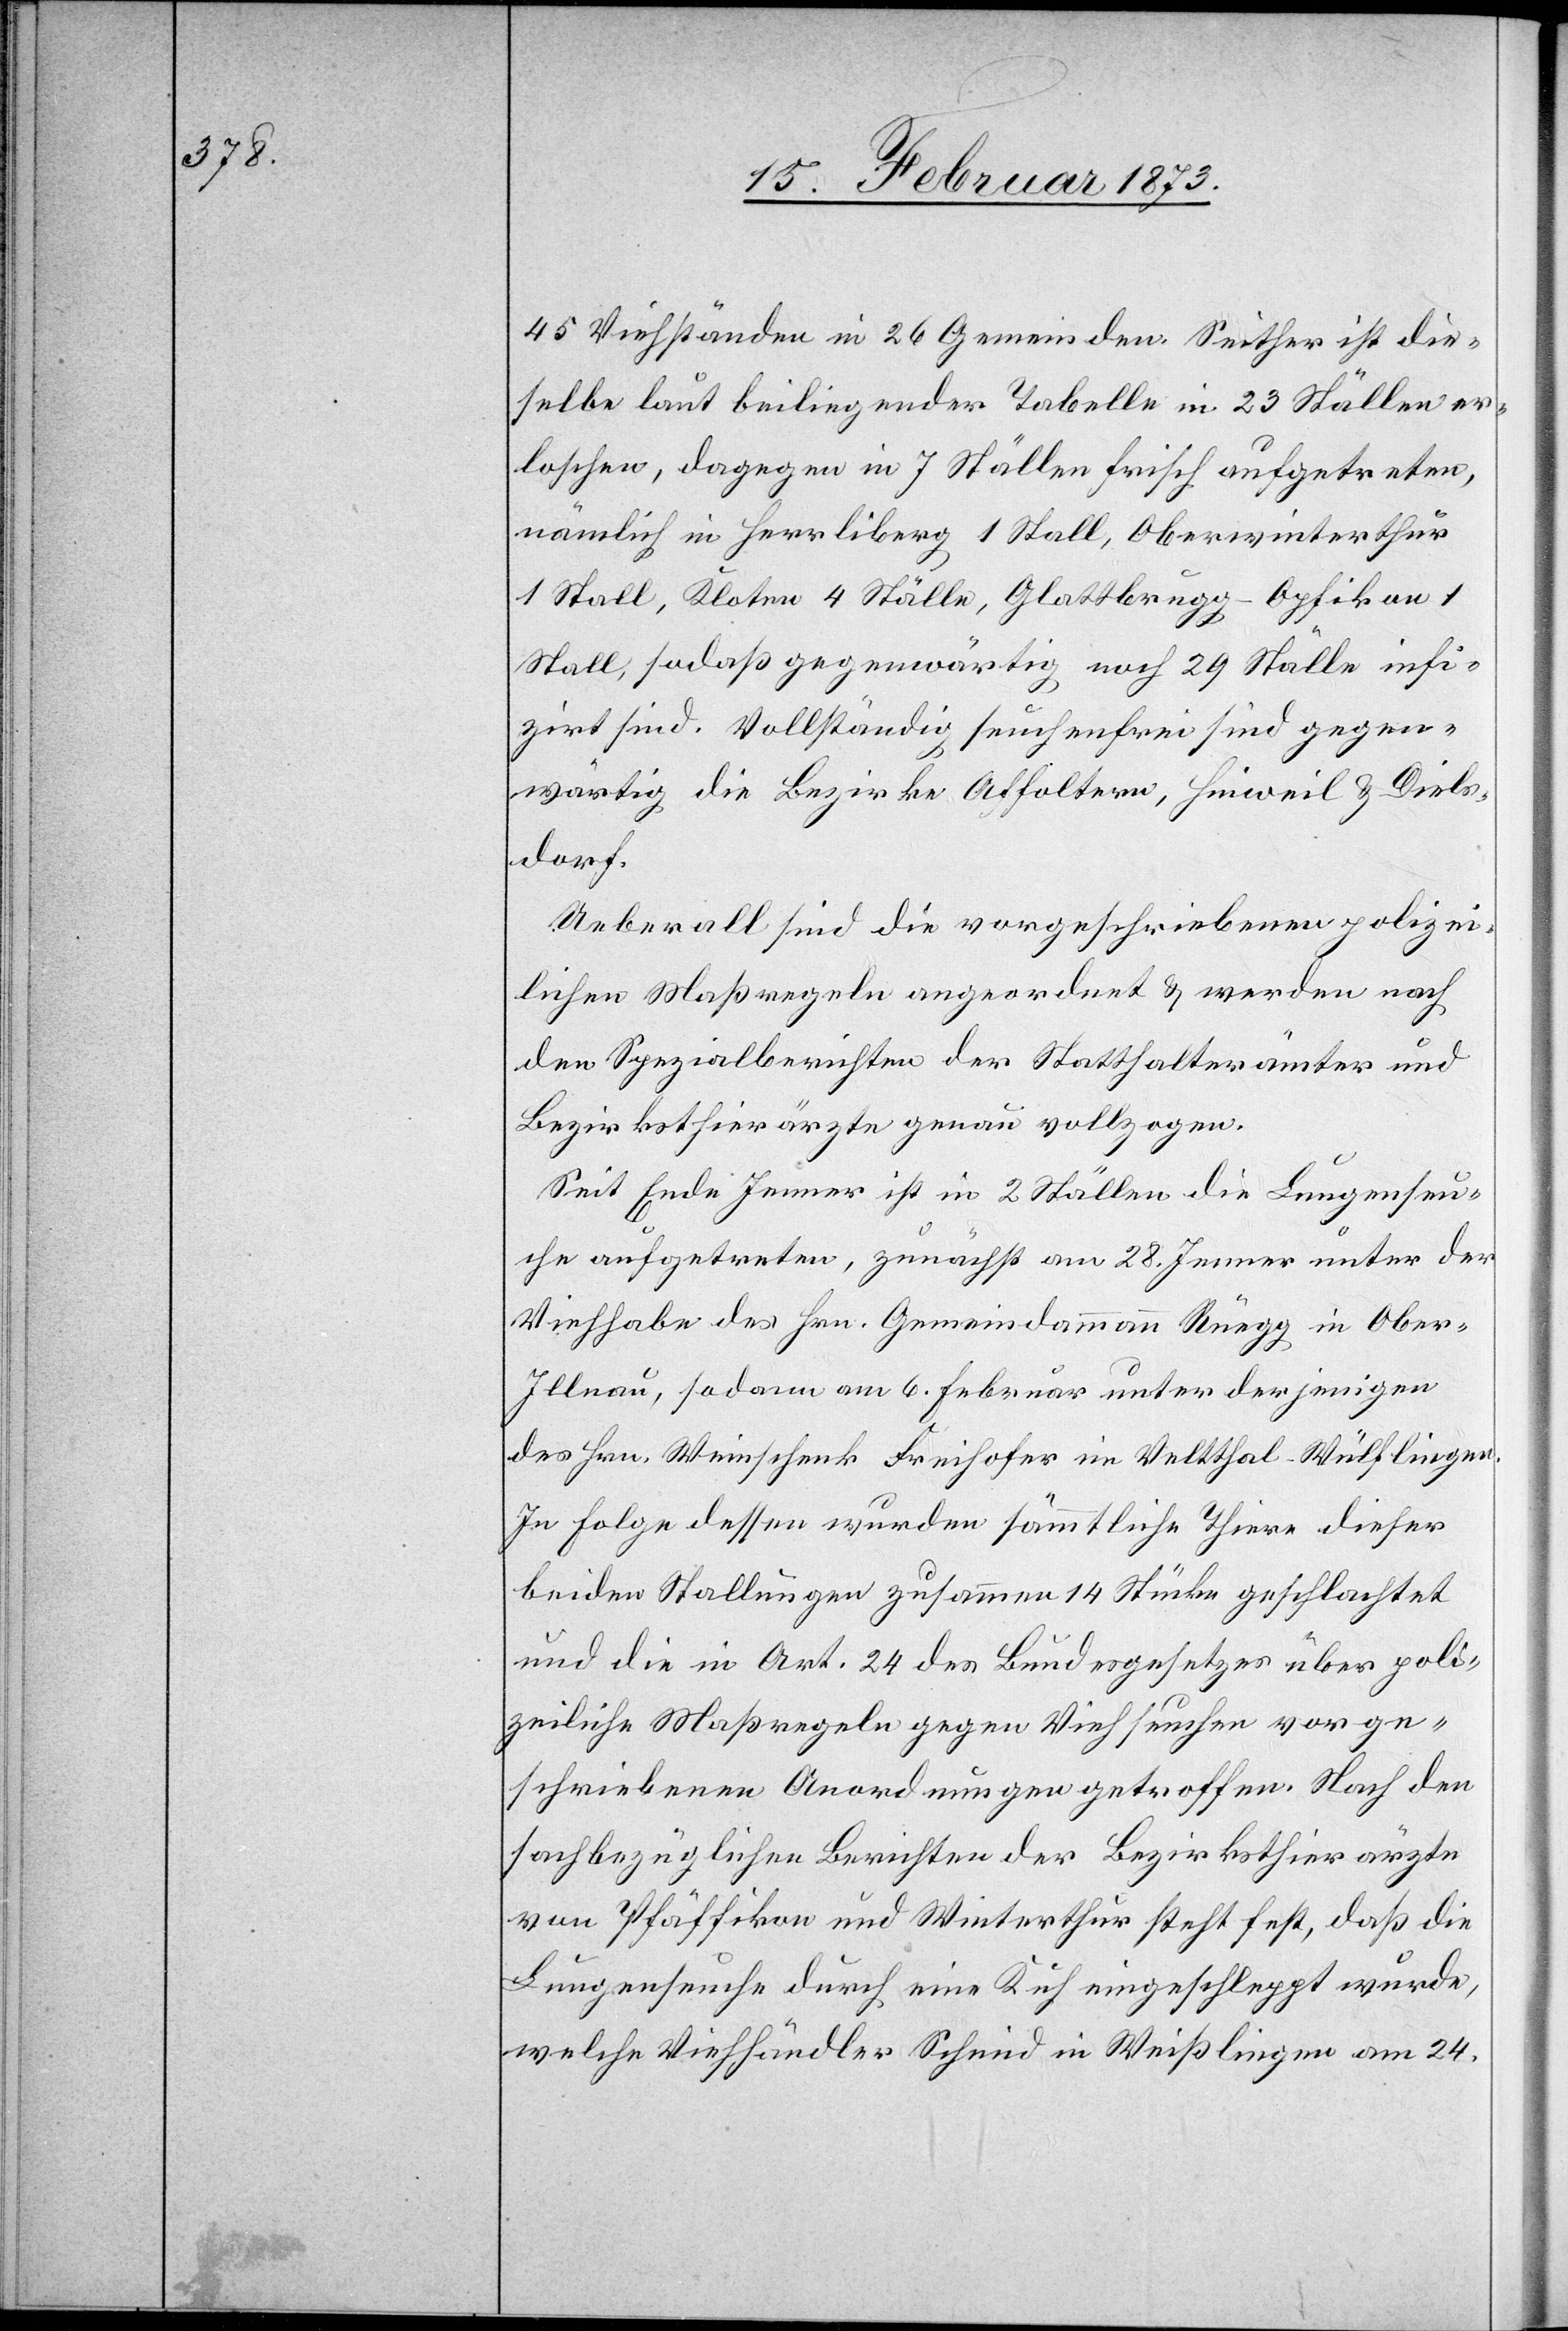
45 Viehständen in 26 Gemeinden. Seither ist die¬
selbe laut beiliegender Tabelle in 23 Ställen er¬
loschen, dagegen in 7 Ställen frisch aufgetreten,
nämlich in Herrliberg 1 Stall, Oberwinterthur
1 Stall, Kloten 4 Ställe, Glattbrugg-Opfikon 1
Stall, sodaß gegenwärtig noch 29 Ställe infi¬
zirt sind. Vollständig seuchenfrei sind gegen¬
wärtig die Bezirke Affoltern, Hinweil u. Diels¬
dorf.
Ueberall sind die vorgeschriebenen polizei¬
lichen Maßregeln angeordnet u. werden nach
den Spezialberichten der Statthalterämter und
Bezirksthierärzte genau vollzogen.
Seit Ende Jenner ist in 2 Ställen die Lungenseu¬
che aufgetreten, zunächst am 28. Jenner unter der
Viehhabe des Hrn. Gemeindammann Rüegg in Ober-I¬
llnau, sodann am 6. Februar unter derjenigen
des Hrn. Weinschenk Freihofer im Veltthal-Wülflingen.
In Folge dessen wurden sämmtliche Thiere dieser
beiden Stallungen[,] zusammen 14 Stücke[,] geschlachtet
und die in Art. 24 des Bundesgesetzes über poli¬
zeiliche Maßregeln gegen Viehseuchen vorge¬
schriebenen Anordnungen getroffen. Nach den
sachbezüglichen Berichten der Bezirksthierärzte
von Pfäffikon und Winterthur steht fest, daß die
Lungenseuche durch eine Kuh eingeschleppt wurde,
welche Viehhändler Schmid in Weißlingen am 24.